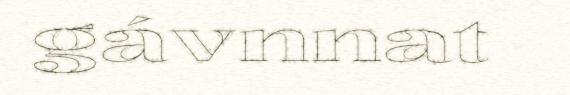
gávnnat